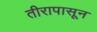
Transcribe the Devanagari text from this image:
तीरापासून